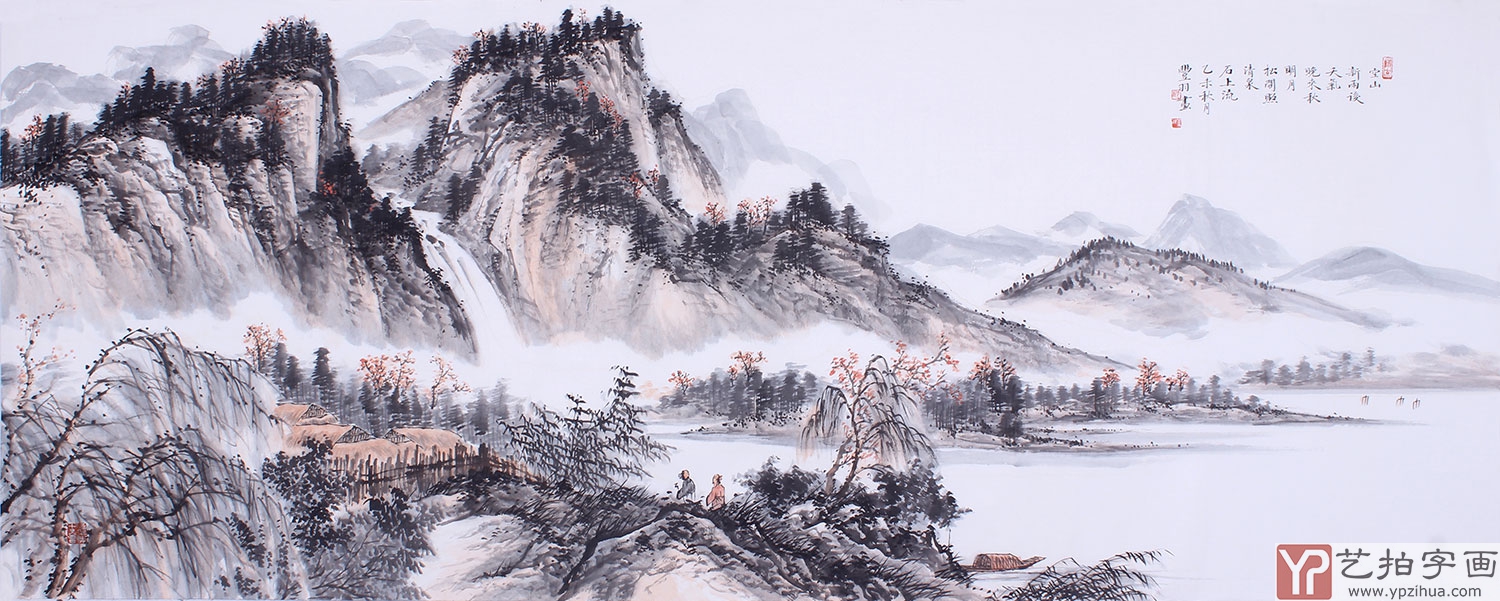
空山新雨后，天气晚来秋。